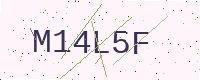
Text: M14L5F